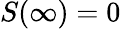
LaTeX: S(\infty)=0